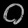
Digit: ၀